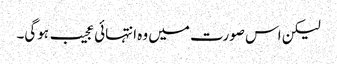
لیکن اس صورت میں وہ انتہائی عجیب ہوگی۔